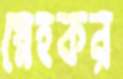
স্নেহকর